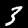
Digit: 3